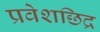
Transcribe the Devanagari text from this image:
प्रवेशछिद्र